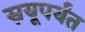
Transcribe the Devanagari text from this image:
स्नयूपर्यंत